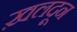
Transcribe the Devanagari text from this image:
ख़लदून